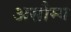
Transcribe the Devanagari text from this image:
असौम्य